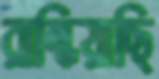
রান্ধিয়াছি